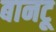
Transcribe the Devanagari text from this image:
बानटू